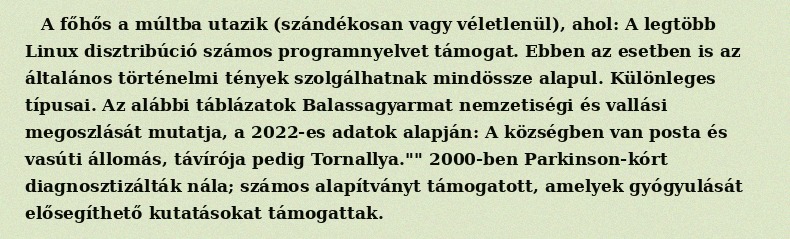
A főhős a múltba utazik (szándékosan vagy véletlenül), ahol: A legtöbb Linux disztribúció számos programnyelvet támogat. Ebben az esetben is az általános történelmi tények szolgálhatnak mindössze alapul. Különleges típusai. Az alábbi táblázatok Balassagyarmat nemzetiségi és vallási megoszlását mutatja, a 2022-es adatok alapján: A községben van posta és vasúti állomás, távírója pedig Tornallya."" 2000-ben Parkinson-kórt diagnosztizálták nála; számos alapítványt támogatott, amelyek gyógyulását elősegíthető kutatásokat támogattak.